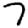
Digit: 7